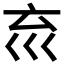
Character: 𡿮